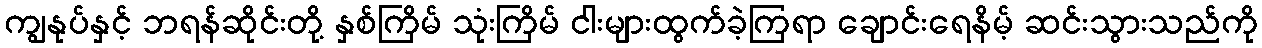
ကျွနုပ်နှင့် ဘရန်ဆိုင်းတို့ နှစ်ကြိမ် သုံးကြိမ် ငါးများထွက်ခဲ့ကြရာ ချောင်းရေနိမ့် ဆင်းသွားသည်ကို